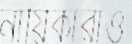
নায়িকারাও